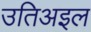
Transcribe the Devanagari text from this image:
उतिअइल